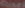
Buisek